Indian journal of veterinary science and animal husbandry - Volumes 15-17, 1948-1951
Year: 1948
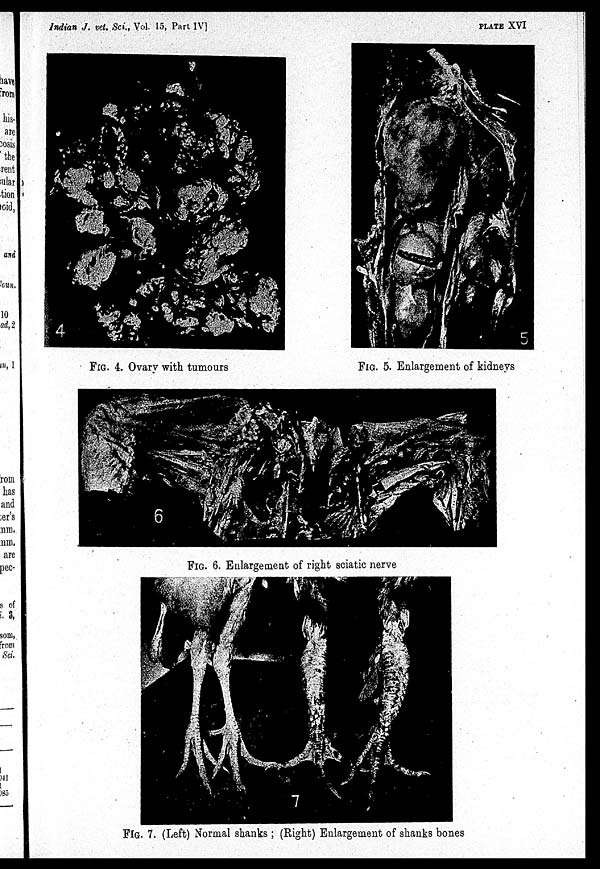
Indian J. vet. Sci., Vol. 15, Part IV]
PLATE XVI
FIG. 5. Enlargement of kidneys
FIG. 6. Enlargement of right sciatic nerve
FIG. 7. (Left) Normal shanks ; (Right) Enlargement of shanks bones